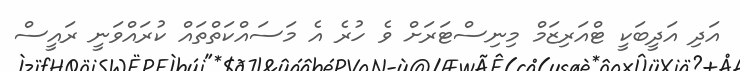
އަދި އަދީބަކީ ޓްއަރިޒަމް މިނިސްޓަރަށް ވެ ހުރެ އެ މަސައްކަތްތައް ކުރައްވަނީ ރައީސް